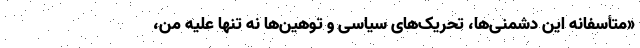
«متأسفانه این دشمنی‌ها، تحریک‌های سیاسی و توهین‌ها نه تنها علیه من،